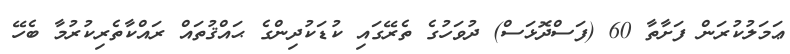
ޢަމަލުކުރަން ފަށާތާ 60 (ފަސްދޮޅަސް) ދުވަހުގެ ތެރޭގައި ކުޑަކުދިންގެ ޙައްޤުތައް ރައްކާތެރިކުރުމާ ބެހޭ